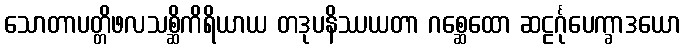
သောတာပတ္တိဖလသစ္ဆိကိရိယာယ တဒုပနိဿယတာ ဂစ္ဆေထော ဆဠင်္ဂုပေက္ခာဒယော